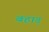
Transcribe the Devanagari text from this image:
बहाड़